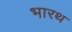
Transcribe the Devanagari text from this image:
भारथ